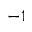
^ { - 1 }